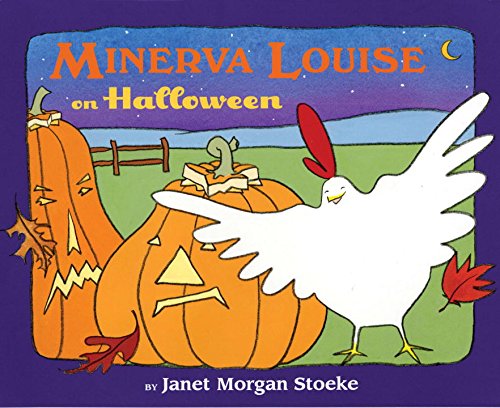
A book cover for Minerva Louise on Halloween; Janet Morgan Stoeke; Children's Books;